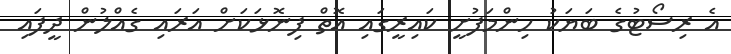
އެ ރިސޯޓުގެ ބަޔަކު ހިންމަފުށީ ކައިރީގައި އޮތް ފިނޮޅަކަށް އަރައި ގެއްލުން ދީފައި